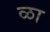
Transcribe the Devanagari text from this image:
ळा